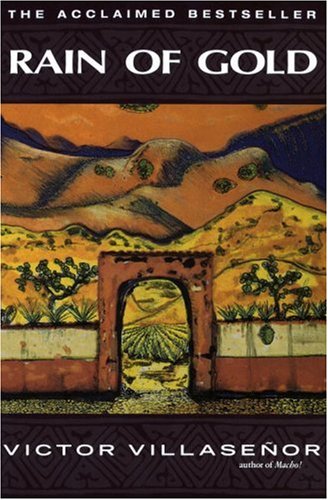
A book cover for Rain of Gold; VÃ­ctor E. VillaseÃ±or; Biographies & Memoirs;